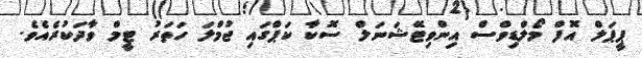
ޕީޕަލް އޮފް މޯލްޑިވްސް އިންވިޓޭޝަނަލް ސޮކާ ކަޕްގައި ޖުމްލަ ހަތަރު ޓީމް ވާދަކުރެއެވެ.